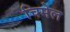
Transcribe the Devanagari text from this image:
चिमेल